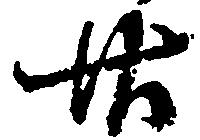
廿